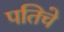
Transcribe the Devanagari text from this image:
पतिचे